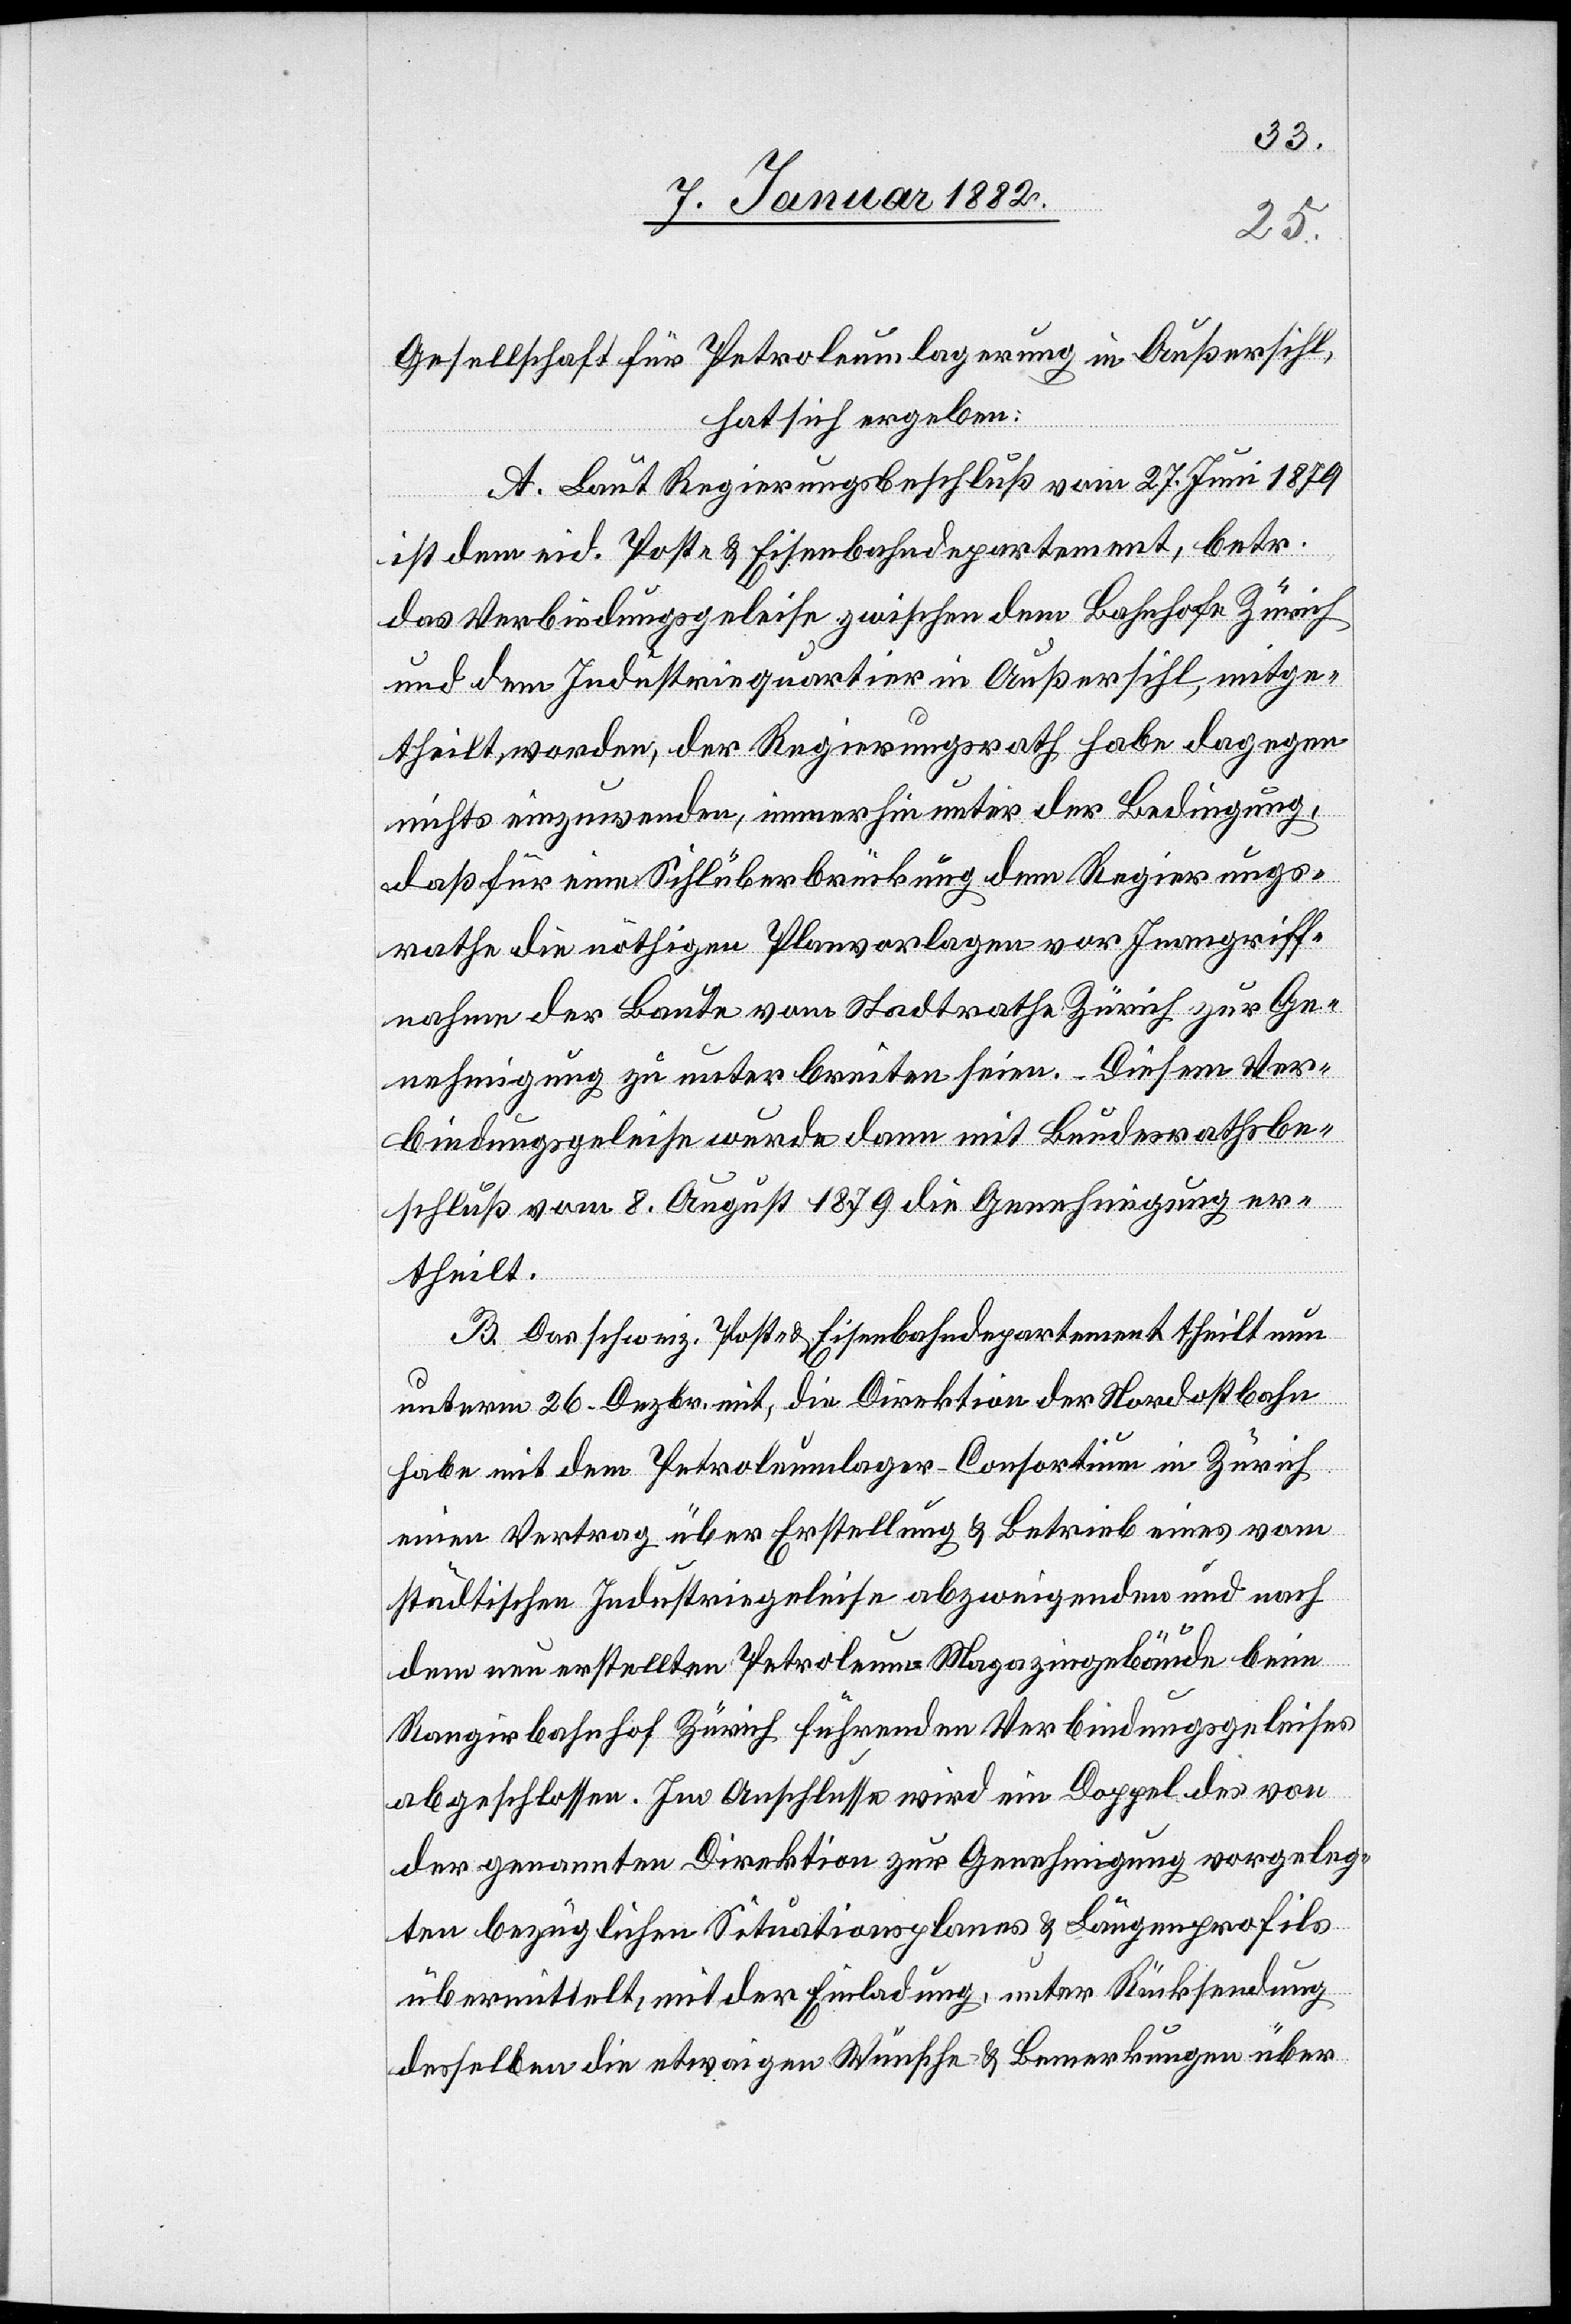
Gesellschaft für Petroleumlagerung in Außersihl,
hat sich ergeben:
A. Laut Regierungsbeschluß vom 27. Juni 1879
ist dem eid. Post & Eisenbahndepartement, betr.
das Verbindungsgeleise zwischen dem Bahnhofe Zürich
und dem Industriequartier in Außersihl, mitge¬
theilt worden, der Regierungsrath habe dagegen
nichts einzuwenden, immerhin unter der Bedingung,
daß für eine Sihlüberbrückung dem Regierungs¬
rathe die nöthigen Planvorlagen vor Inangriff¬
nahme der Baute vom Stadtrathe Zürich zur Ge¬
nehmigung zu unter breiten seien. Diesem Ver¬
bindungsgeleise wurde dann mit Bundesrathsbe¬
schluß vom 8. August 1879 die Genehmigung er¬
theilt.
B. Das schweiz. Post & Eisenbahndepartement theilt nun
unterm 26. Dezbr. mit, die Direktion der Nordostbahn
habe mit dem Petroleumlager-Consortium in Zürich
einen Vertrag über Erstellung & Betrieb eines vom
städtischen Industriegeleise abzweigenden und nach
dem neu erstellten Petroleum-Magazingebäude beim
Rangirbahnhof Zürich führenden Verbindungsgeleises
abgeschlossen. Im Anschlusse wird ein Doppel des von
der genannten Direktion zur Genehmigung vorgeleg¬
ten bezüglichen Situationsplanes & Längenprofils
übermittelt, mit der Einladung, unter Rücksendung
desselben die etwaigen Wünsche & Bemerkungen über